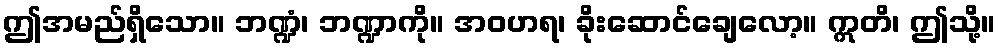
ဤအမည်ရှိသော။ ဘဏ္ဍံ၊ ဘဏ္ဍာကို။ အဝဟရ၊ ခိုးဆောင်ချေလော့။ ဣတိ၊ ဤသို့။